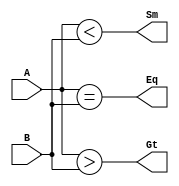
module comparators(Eq,Gt,Sm,A,B);

	input [3:0]A,B;
	output Eq,Gt,Sm;

assign Eq= (A==B);	//A==B
assign Gt= (A>B);	//A>B
assign Sm= (A<B);	//A<B

endmodule